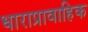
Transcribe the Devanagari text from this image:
धाराप्रावाहिक